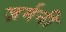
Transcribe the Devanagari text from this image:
ज़र्मनी